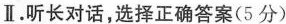
Ⅱ.听长对话,选择正确答案(5分)